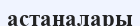
астаналары